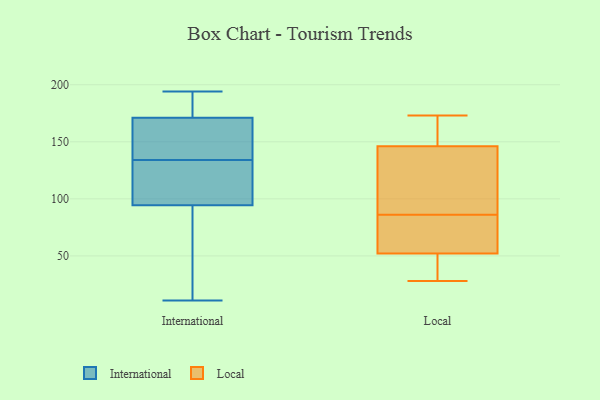
{"axis": {"x": "Budget (USD K)", "y": "Value"}, "legend": ["International", "Local"], "data": [{"x": "", "y": 57, "type": "International"}, {"x": "", "y": 121, "type": "International"}, {"x": "", "y": 179, "type": "International"}, {"x": "", "y": 194, "type": "International"}, {"x": "", "y": 190, "type": "International"}, {"x": "", "y": 84, "type": "International"}, {"x": "", "y": 105, "type": "International"}, {"x": "", "y": 142, "type": "International"}, {"x": "", "y": 11, "type": "International"}, {"x": "", "y": 126, "type": "International"}, {"x": "", "y": 158, "type": "International"}, {"x": "", "y": 163, "type": "International"}, {"x": "", "y": 152, "type": "Local"}, {"x": "", "y": 127, "type": "Local"}, {"x": "", "y": 146, "type": "Local"}, {"x": "", "y": 173, "type": "Local"}, {"x": "", "y": 78, "type": "Local"}, {"x": "", "y": 68, "type": "Local"}, {"x": "", "y": 155, "type": "Local"}, {"x": "", "y": 37, "type": "Local"}, {"x": "", "y": 120, "type": "Local"}, {"x": "", "y": 94, "type": "Local"}, {"x": "", "y": 52, "type": "Local"}, {"x": "", "y": 28, "type": "Local"}, {"x": "", "y": 37, "type": "Local"}, {"x": "", "y": 64, "type": "Local"}]}